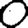
Digit: 0